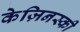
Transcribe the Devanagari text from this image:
केज़िनस्की